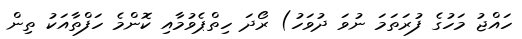
ހައްޖު މަހުގެ ފުރަތަމަ ނުވަ ދުވަހު) ރޯދަ ހިތްޕެވުމާއި ކޮންމެ ހަފްތާއަކު ތިން